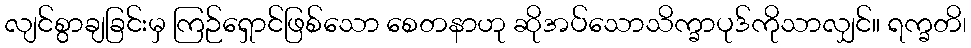
လျင်စွာချခြင်းမှ ကြဉ်ရှောင်ဖြစ်သော စေတနာဟု ဆိုအပ်သောသိက္ခာပုဒ်ကိုသာလျှင်။ ရက္ခတိ၊